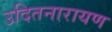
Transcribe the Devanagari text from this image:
उदितनारायण